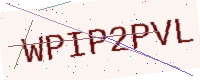
Text: WPIP2PVL